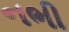
નભી